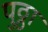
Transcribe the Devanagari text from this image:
पुठ्ठा